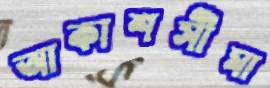
আকাশসীমা